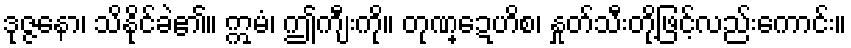
ဒုဇ္ဇနော၊ သိနိုင်ခဲ၏။ ဣမံ၊ ဤကျီးကို။ တုဏ္ဍေဟိစ၊ နှုတ်သီးတို့ဖြင့်လည်းကောင်း။